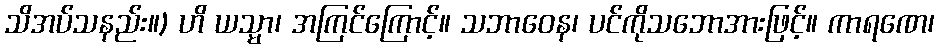
သိအပ်သနည်း။) ဟိ ယသ္မာ၊ အကြင်ကြောင့်။ သဘာဝေန၊ ပင်ကိုသဘောအားဖြင့်။ ကာရဏေ၊